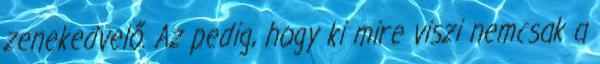
zenekedvelő. Az pedig, hogy ki mire viszi nemcsak a